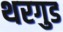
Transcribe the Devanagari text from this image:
थरगुड